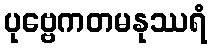
ပုဗ္ဗေကတမနုဿရံ